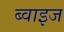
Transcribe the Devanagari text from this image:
ब्वाइज